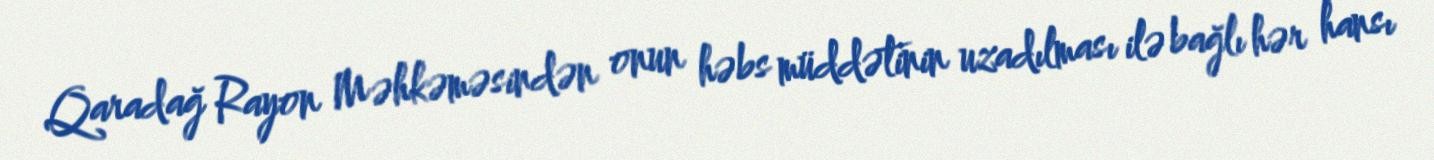
Qaradağ Rayon Məhkəməsindən onun həbs müddətinin uzadılması ilə bağlı hər hansı